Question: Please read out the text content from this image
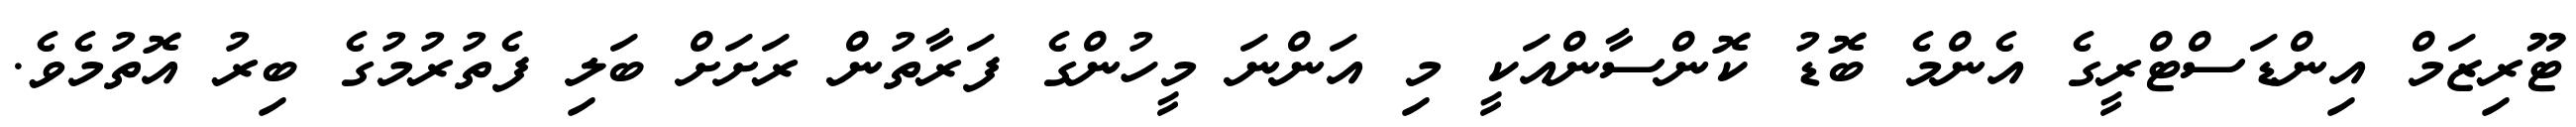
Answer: ޓޫރިޒަމް އިންޑަސްޓްރީގެ އެންމެ ބޮޑު ކޮންސާންއަކީ މި އަންނަ މީހުންގެ ފަރާތުން ރަށަށް ބަލި ފެތުރުމުގެ ބިރު އޮތުމެވެ.